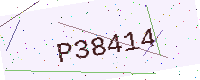
Text: P38414